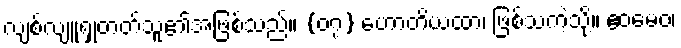
လျစ်လျူရှုတတ်သူ၏အဖြစ်သည်။ {၀၇} ဟောတိယထာ၊ ဖြစ်သကဲ့သို့။ ဧဝမေဝ၊